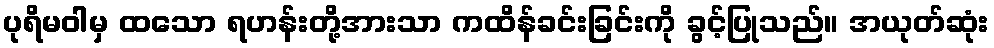
ပုရိမဝါမှ ထသော ရဟန်းတို့အားသာ ကထိန်ခင်းခြင်းကို ခွင့်ပြုသည်။ အယုတ်ဆုံး